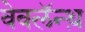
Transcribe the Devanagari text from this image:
वेवलॅन्थ़